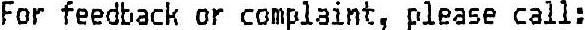
FOR FEEDBACK OR COMPLAINT, PLEASE CALL: